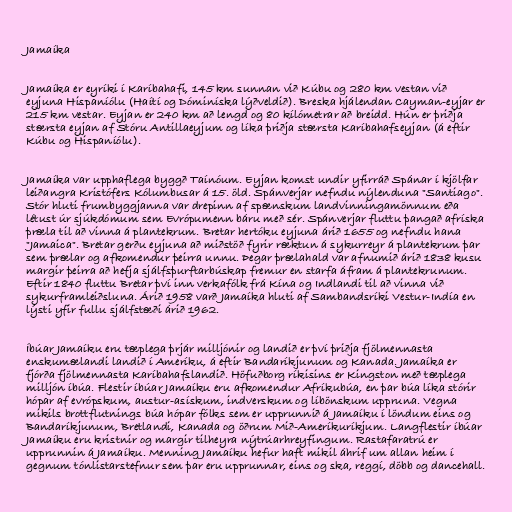
Jamaíka

Jamaíka er eyríki í Karíbahafi, 145 km sunnan við Kúbu og 280 km vestan við
eyjuna Hispaníólu (Haítí og Dóminíska lýðveldið). Breska hjálendan Cayman-eyjar er
215 km vestar. Eyjan er 240 km að lengd og 80 kílómetrar að breidd. Hún er þriðja
stærsta eyjan af Stóru Antillaeyjum og líka þriðja stærsta Karíbahafseyjan (á eftir
Kúbu og Hispaníólu).

Jamaíka var upphaflega byggð Taínóum. Eyjan komst undir yfirráð Spánar í kjölfar
leiðangra Kristófers Kólumbusar á 15. öld. Spánverjar nefndu nýlenduna "Santiago".
Stór hluti frumbyggjanna var drepinn af spænskum landvinningamönnum eða
létust úr sjúkdómum sem Evrópumenn báru með sér. Spánverjar fluttu þangað afríska
þræla til að vinna á plantekrum. Bretar hertóku eyjuna árið 1655 og nefndu hana
"Jamaica". Bretar gerðu eyjuna að miðstöð fyrir ræktun á sykurreyr á plantekrum þar
sem þrælar og afkomendur þeirra unnu. Þegar þrælahald var afnumið árið 1838 kusu
margir þeirra að hefja sjálfsþurftarbúskap fremur en starfa áfram á plantekrunum.
Eftir 1840 fluttu Bretar því inn verkafólk frá Kína og Indlandi til að vinna við
sykurframleiðsluna. Árið 1958 varð Jamaíka hluti af Sambandsríki Vestur-Indía en
lýsti yfir fullu sjálfstæði árið 1962.

Íbúar Jamaíku eru tæplega þrjár milljónir og landið er því þriðja fjölmennasta
enskumælandi landið í Ameríku, á eftir Bandaríkjunum og Kanada. Jamaíka er
fjórða fjölmennasta Karíbahafslandið. Höfuðborg ríkisins er Kingston með tæplega
milljón íbúa. Flestir íbúar Jamaíku eru afkomendur Afríkubúa, en þar búa líka stórir
hópar af evrópskum, austur-asískum, indverskum og líbönskum uppruna. Vegna
mikils brottflutnings búa hópar fólks sem er upprunnið á Jamaíku í löndum eins og
Bandaríkjunum, Bretlandi, Kanada og öðrum Mið-Ameríkuríkjum. Langflestir íbúar
Jamaíku eru kristnir og margir tilheyra nýtrúarhreyfingum. Rastafaratrú er
upprunnin á Jamaíku. Menning Jamaíku hefur haft mikil áhrif um allan heim í
gegnum tónlistarstefnur sem þar eru upprunnar, eins og ska, reggí, döbb og dancehall.